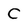
Character: C